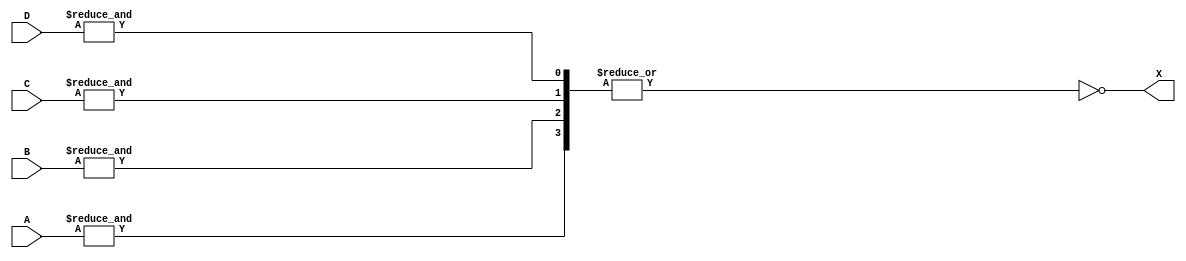
// Fujitsu AV cell
// Power 3-AND 4-wide Multiplexer
// furrtek 2022

`timescale 1ns/100ps

module T34(
	input [2:0] A,
	input [2:0] B,
	input [2:0] C,
	input [2:0] D,
	output X
);

assign X = ~|{&{A}, &{B}, &{C}, &{D}};	// tmax = 3.3ns

endmodule